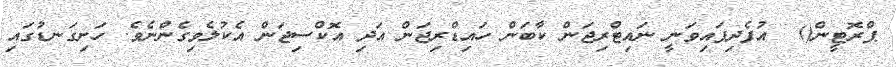
ޕްރޮޓީން()  އުފެދިފައިވަނީ ނައިޓްރިޖަން ކާބަން ހައިޑްރިޖަން އަދި އޮކްސިޖަން އެކުލެވިގެންނެވެ. ހަށިގަނޑުގައި